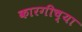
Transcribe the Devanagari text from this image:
कारगीच्या